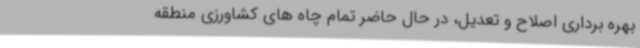
بهره برداری اصلاح و تعدیل، در حال حاضر تمام چاه های کشاورزی منطقه